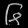
Digit: ၆